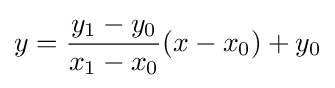
y={\frac {y_{1}-y_{0}}{x_{1}-x_{0}}}(x-x_{0})+y_{0}